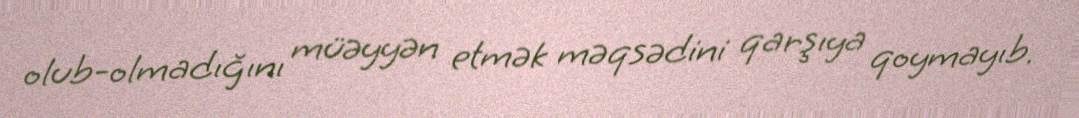
olub-olmadığını müəyyən etmək məqsədini qarşıya qoymayıb.